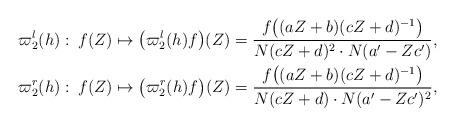
LaTeX: \begin{align*}\varpi_2^l(h): \: f(Z) &\mapsto \bigl( \varpi_2^l(h)f \bigr)(Z) =\frac {f \bigl( (aZ+b)(cZ+d)^{-1} \bigr)}{N(cZ+d)^2 \cdot N(a'-Zc')}, \\\varpi_2^r(h): \: f(Z) &\mapsto \bigl( \varpi_2^r(h)f \bigr)(Z) =\frac {f \bigl( (aZ+b)(cZ+d)^{-1} \bigr)}{N(cZ+d) \cdot N(a'-Zc')^2},\end{align*}